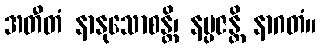
အတီတံ နာနုသောစန္တိ၊ နပ္ပဇန္တိ နာဂတံ။